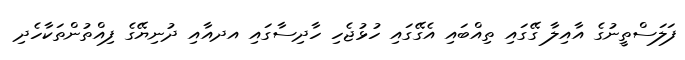
ފަލަސްތީނުގެ އާއިލާ ގޭގައި ތިއްބައި އެގޭގައި ހުޅުޖެހި ހާދިސާގައި އދއާއި ދުނިޔޭގެ ފިއްތުންތަކާހެދި